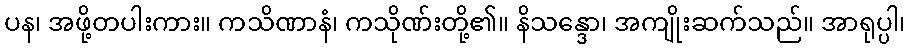
ပန၊ အဖို့တပါးကား။ ကသိဏာနံ၊ ကသိုဏ်းတို့၏။ နိသန္ဒော၊ အကျိုးဆက်သည်။ အာရုပ္ပါ၊